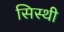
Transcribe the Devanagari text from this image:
सिस्थी